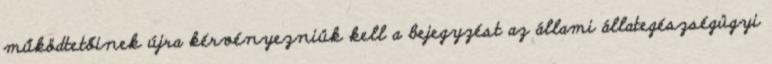
működtetőinek újra kérvényezniük kell a bejegyzést az állami állategészségügyi